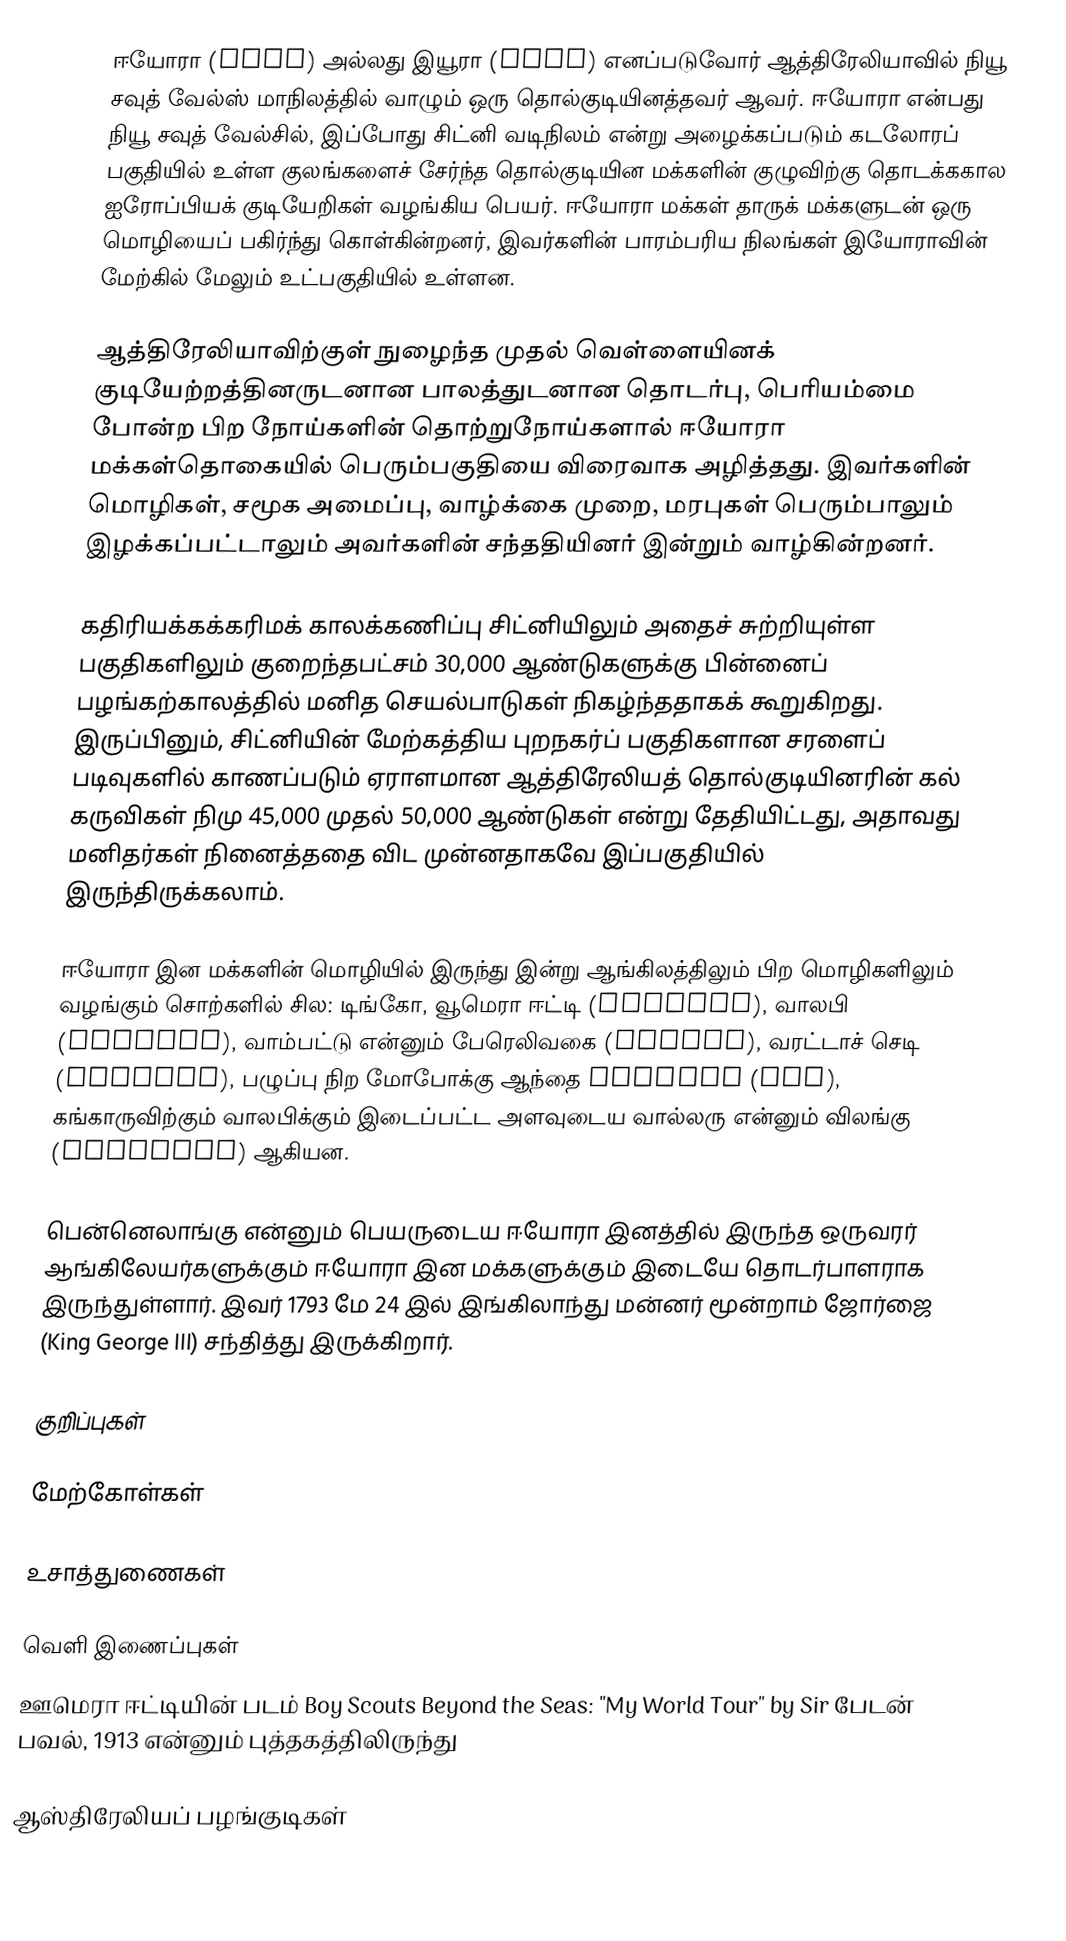
ஈயோரா (Eora) அல்லது இயூரா (Yura) எனப்படுவோர் ஆத்திரேலியாவில் நியூ சவுத் வேல்ஸ் மாநிலத்தில் வாழும் ஒரு தொல்குடியினத்தவர் ஆவர். ஈயோரா என்பது நியூ சவுத் வேல்சில், இப்போது சிட்னி வடிநிலம் என்று அழைக்கப்படும் கடலோரப் பகுதியில் உள்ள குலங்களைச் சேர்ந்த தொல்குடியின மக்களின் குழுவிற்கு தொடக்ககால ஐரோப்பியக் குடியேறிகள் வழங்கிய பெயர். ஈயோரா மக்கள் தாருக் மக்களுடன் ஒரு மொழியைப் பகிர்ந்து கொள்கின்றனர், இவர்களின் பாரம்பரிய நிலங்கள் இயோராவின் மேற்கில் மேலும் உட்பகுதியில் உள்ளன.

ஆத்திரேலியாவிற்குள் நுழைந்த முதல் வெள்ளையினக் குடியேற்றத்தினருடனான பாலத்துடனான தொடர்பு, பெரியம்மை போன்ற பிற நோய்களின் தொற்றுநோய்களால் ஈயோரா மக்கள்தொகையில் பெரும்பகுதியை விரைவாக அழித்தது. இவர்களின் மொழிகள், சமூக அமைப்பு, வாழ்க்கை முறை, மரபுகள் பெரும்பாலும் இழக்கப்பட்டாலும் அவர்களின் சந்ததியினர் இன்றும் வாழ்கின்றனர்.

கதிரியக்கக்கரிமக் காலக்கணிப்பு சிட்னியிலும் அதைச் சுற்றியுள்ள பகுதிகளிலும் குறைந்தபட்சம் 30,000 ஆண்டுகளுக்கு பின்னைப் பழங்கற்காலத்தில் மனித செயல்பாடுகள் நிகழ்ந்ததாகக் கூறுகிறது. இருப்பினும், சிட்னியின் மேற்கத்திய புறநகர்ப் பகுதிகளான சரளைப் படிவுகளில் காணப்படும் ஏராளமான ஆத்திரேலியத் தொல்குடியினரின் கல் கருவிகள் நிமு 45,000 முதல் 50,000 ஆண்டுகள் என்று தேதியிட்டது, அதாவது மனிதர்கள் நினைத்ததை விட முன்னதாகவே இப்பகுதியில் இருந்திருக்கலாம்.

ஈயோரா இன மக்களின் மொழியில் இருந்து இன்று ஆங்கிலத்திலும் பிற மொழிகளிலும் வழங்கும் சொற்களில் சில: டிங்கோ, வூமெரா ஈட்டி (woomera), வாலபி (wallaby), வாம்பட்டு என்னும் பேரெலிவகை (wombat), வரட்டாச் செடி (waratah), பழுப்பு நிற மோபோக்கு ஆந்தை boobook (owl), கங்காருவிற்கும் வாலபிக்கும் இடைப்பட்ட அளவுடைய வால்லரு என்னும் விலங்கு (wallaroo) ஆகியன.

பென்னெலாங்கு என்னும் பெயருடைய ஈயோரா இனத்தில் இருந்த ஒருவரர் ஆங்கிலேயர்களுக்கும் ஈயோரா இன மக்களுக்கும் இடையே தொடர்பாளராக இருந்துள்ளார். இவர் 1793 மே 24 இல் இங்கிலாந்து மன்னர் மூன்றாம் ஜோர்ஜை (King George III) சந்தித்து இருக்கிறார்.

குறிப்புகள்

மேற்கோள்கள்

உசாத்துணைகள்

வெளி இணைப்புகள்
     ஊமெரா ஈட்டியின் படம் Boy Scouts Beyond the Seas: "My World Tour" by Sir பேடன் பவல், 1913 என்னும் புத்தகத்திலிருந்து

ஆஸ்திரேலியப் பழங்குடிகள்